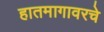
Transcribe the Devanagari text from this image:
हातमागावरचे